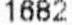
1682